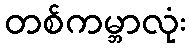
တစ်ကမ္ဘာလုံး